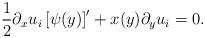
LaTeX: \begin{align*}\frac{1}{2}\partial_x u_i \left[ \psi(y) \right]'+ x(y)\partial_y u_i =0. \end{align*}